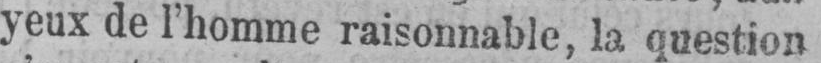
yeux de l’homme raisonnable, la question